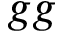
g g